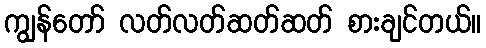
ကျွန်တော် လတ်လတ်ဆတ်ဆတ် စားချင်တယ်။